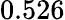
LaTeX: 0.526